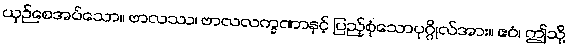
ယှဉ်စေအပ်သော။ ဗာလဿ၊ ဗာလလက္ခဏာနှင့် ပြည့်စုံသောပုဂ္ဂိုလ်အား။ ဧဝံ၊ ဤသို့